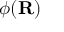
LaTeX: { \boldsymbol { \phi } } ( \mathbf { R } )